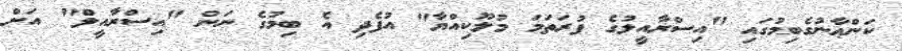
ކަންޢާނުގެބިމުގައި "އިސްރާއީލުގެ ފުރަތަމަ މުލޫކިއްޔާ" އުފެދި އެ ބިމުގެ ނަން "އިސްރާއީލް" އަށް